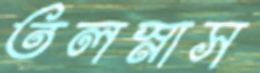
তলস্নাস